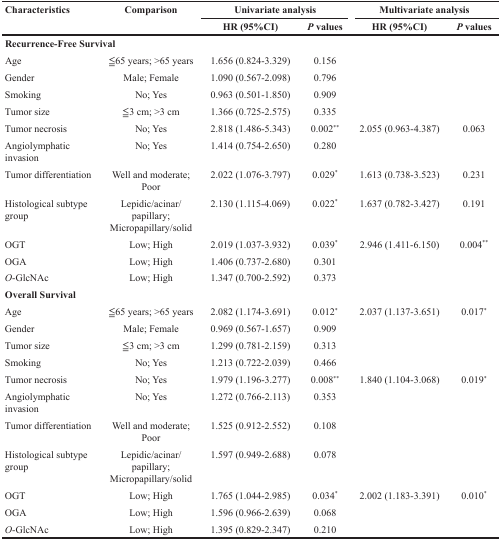
<table><thead><tr><td rowspan="2"><b>Characteristics</b></td><td rowspan="2"><b>Comparison</b></td><td colspan="2"><b>Univariate analysis</b></td><td colspan="2"><b>Multivariate analysis</b></td></tr><tr><td><b>HR (95%CI)</b></td><td><b><i>P</i> values</b></td><td><b>HR (95%CI)</b></td><td><b><i>P</i> values</b></td></tr></thead><tbody><tr><td colspan="6"><b>Recurrence-Free Survival</b></td></tr><tr><td>Age</td><td>≦65 years; &gt;65 years</td><td>1.656 (0.824-3.329)</td><td>0.156</td><td></td><td></td></tr><tr><td>Gender</td><td>Male; Female</td><td>1.090 (0.567-2.098)</td><td>0.796</td><td></td><td></td></tr><tr><td>Smoking</td><td>No; Yes</td><td>0.963 (0.501-1.850)</td><td>0.909</td><td></td><td></td></tr><tr><td>Tumor size</td><td>≦3 cm; &gt;3 cm</td><td>1.366 (0.725-2.575)</td><td>0.335</td><td></td><td></td></tr><tr><td>Tumor necrosis</td><td>No; Yes</td><td>2.818 (1.486-5.343)</td><td>0.002<sup>**</sup></td><td>2.055 (0.963-4.387)</td><td>0.063</td></tr><tr><td>Angiolymphatic invasion</td><td>No; Yes</td><td>1.414 (0.754-2.650)</td><td>0.280</td><td></td><td></td></tr><tr><td>Tumor differentiation</td><td>Well and moderate; Poor</td><td>2.022 (1.076-3.797)</td><td>0.029<sup>*</sup></td><td>1.613 (0.738-3.523)</td><td>0.231</td></tr><tr><td>Histological subtype group</td><td>Lepidic/acinar/papillary; Micropapillary/solid</td><td>2.130 (1.115-4.069)</td><td>0.022<sup>*</sup></td><td>1.637 (0.782-3.427)</td><td>0.191</td></tr><tr><td>OGT</td><td>Low; High</td><td>2.019 (1.037-3.932)</td><td>0.039<sup>*</sup></td><td>2.946 (1.411-6.150)</td><td>0.004<sup>**</sup></td></tr><tr><td>OGA</td><td>Low; High</td><td>1.406 (0.737-2.680)</td><td>0.301</td><td></td><td></td></tr><tr><td><i>O</i>-GlcNAc</td><td>Low; High</td><td>1.347 (0.700-2.592)</td><td>0.373</td><td></td><td></td></tr><tr><td colspan="6"><b>Overall Survival</b></td></tr><tr><td>Age</td><td>≦65 years; &gt;65 years</td><td>2.082 (1.174-3.691)</td><td>0.012<sup>*</sup></td><td>2.037 (1.137-3.651)</td><td>0.017<sup>*</sup></td></tr><tr><td>Gender</td><td>Male; Female</td><td>0.969 (0.567-1.657)</td><td>0.909</td><td></td><td></td></tr><tr><td>Tumor size</td><td>≦3 cm; &gt;3 cm</td><td>1.299 (0.781-2.159)</td><td>0.313</td><td></td><td></td></tr><tr><td>Smoking</td><td>No; Yes</td><td>1.213 (0.722-2.039)</td><td>0.466</td><td></td><td></td></tr><tr><td>Tumor necrosis</td><td>No; Yes</td><td>1.979 (1.196-3.277)</td><td>0.008<sup>**</sup></td><td>1.840 (1.104-3.068)</td><td>0.019<sup>*</sup></td></tr><tr><td>Angiolymphatic invasion</td><td>No; Yes</td><td>1.272 (0.766-2.113)</td><td>0.353</td><td></td><td></td></tr><tr><td>Tumor differentiation</td><td>Well and moderate; Poor</td><td>1.525 (0.912-2.552)</td><td>0.108</td><td></td><td></td></tr><tr><td>Histological subtype group</td><td>Lepidic/acinar/papillary; Micropapillary/solid</td><td>1.597 (0.949-2.688)</td><td>0.078</td><td></td><td></td></tr><tr><td>OGT</td><td>Low; High</td><td>1.765 (1.044-2.985)</td><td>0.034<sup>*</sup></td><td>2.002 (1.183-3.391)</td><td>0.010<sup>*</sup></td></tr><tr><td>OGA</td><td>Low; High</td><td>1.596 (0.966-2.639)</td><td>0.068</td><td></td><td></td></tr><tr><td><i>O</i>-GlcNAc</td><td>Low; High</td><td>1.395 (0.829-2.347)</td><td>0.210</td><td></td><td></td></tr></tbody></table>